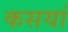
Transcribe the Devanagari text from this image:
कसयां